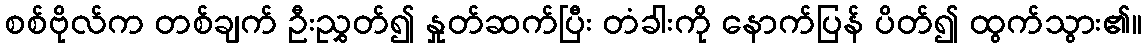
စစ်ဗိုလ်က တစ်ချက် ဦးညွှတ်၍ နှုတ်ဆက်ပြီး တံခါးကို နောက်ပြန် ပိတ်၍ ထွက်သွား၏။